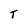
Character: T